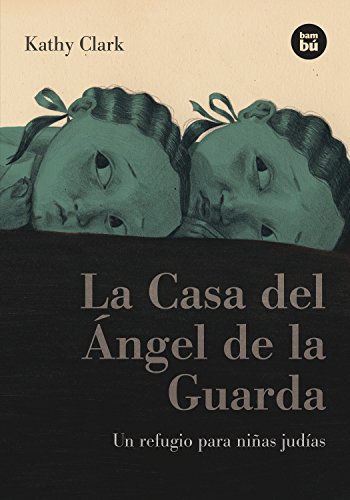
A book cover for La Casa del Angel de la Guarda: Un refugio para ninas judias (Bambu Vivencias) (Spanish Edition); Kathy Clark; Teen & Young Adult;